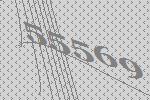
55569